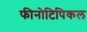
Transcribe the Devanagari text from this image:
फीनोटिपिकल